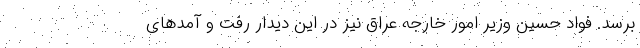
برسد. فواد حسین وزیر امور خارجه عراق نیز در این دیدار رفت و آمدهای